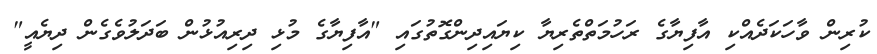
ކުރިން ވާހަކަދެއްކި އާފިޔާގެ ރަހުމަތްތެރިޔާ ކިޔައިދިންގޮތުގައި "އާފިޔާގެ މުޅި ދިރިއުޅުން ބަދަލުވެގެން ދިޔެއީ"